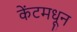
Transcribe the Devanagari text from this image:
केंटमधून